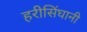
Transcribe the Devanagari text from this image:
हरीसिंघानी